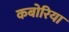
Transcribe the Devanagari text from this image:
कबोरिया